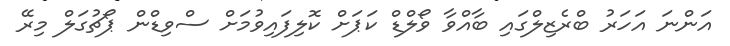
އަންނަ އަހަރު ބްރެޒިލްގައި ބާއްވާ ވޯލްޑް ކަޕަށް ކޮލިފައިވުމަށް ސްވިޑްން ޕޯޗުގަލް މިރޭ